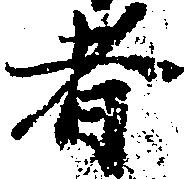
者